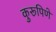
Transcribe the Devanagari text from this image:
कुरूपिणे